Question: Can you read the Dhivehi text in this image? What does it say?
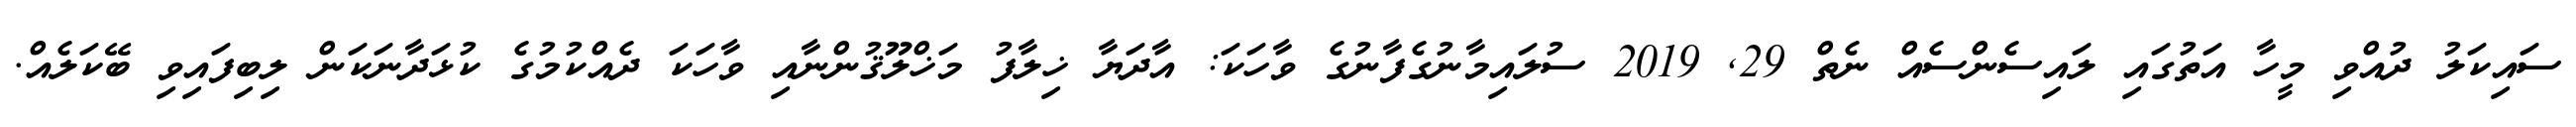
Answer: ސައިކަލު ދުއްވި މީހާ އަތުގައި ލައިސެންސެއް ނެތް 29, 2019 ސުލައިމާނުގެފާނުގެ ވާހަކަ: އާދަޔާ ޚިލާފު މަޚްލޫޤުންނާއި ވާހަކަ ދެއްކުމުގެ ކުޅަދާނަކަން ލިބިފައިވި ބޭކަލެއް.